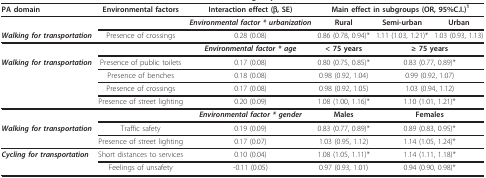
<table><thead><tr><td><b>PA domain</b></td><td><b>Environmental factors</b></td><td><b>Interaction effect (β, SE)</b></td><td colspan="3"><b>Main effect in subgroups (OR, 95%C.I.)<sup>1</sup></b></td></tr></thead><tbody><tr><td></td><td></td><td><b><i>Environmental factor * urbanization</i></b></td><td><b>Rural</b></td><td><b>Semi-urban</b></td><td><b>Urban</b></td></tr><tr><td><b><i>Walking for transportation</i></b></td><td>Presence of crossings</td><td>0.28 (0.08)</td><td>0.86 (0.78, 0.94)*</td><td>1.11 (1.03, 1.21)*</td><td>1.03 (0.93, 1.13)</td></tr><tr><td></td><td></td><td><b><i>Environmental factor * age</i></b></td><td><b>&lt; 75 years</b></td><td colspan="2"><b>≥ 75 years</b></td></tr><tr><td><b><i>Walking for transportation</i></b></td><td>Presence of public toilets</td><td>0.17 (0.08)</td><td>0.80 (0.75, 0.85)*</td><td colspan="2">0.83 (0.77, 0.89)*</td></tr><tr><td></td><td>Presence of benches</td><td>0.18 (0.08)</td><td>0.98 (0.92, 1.04)</td><td colspan="2">0.99 (0.92, 1.07)</td></tr><tr><td></td><td>Presence of crossings</td><td>0.17 (0.08)</td><td>0.98 (0.92, 1.05)</td><td colspan="2">1.03 (0.94, 1.12)</td></tr><tr><td></td><td>Presence of street lighting</td><td>0.20 (0.09)</td><td>1.08 (1.00, 1.16)*</td><td colspan="2">1.10 (1.01, 1.21)*</td></tr><tr><td></td><td></td><td><b><i>Environmental factor * gender</i></b></td><td><b>Males</b></td><td colspan="2"><b>Females</b></td></tr><tr><td><b><i>Walking for transportation</i></b></td><td>Traffic safety</td><td>0.19 (0.09)</td><td>0.83 (0.77, 0.89)*</td><td colspan="2">0.89 (0.83, 0.95)*</td></tr><tr><td></td><td>Presence of street lighting</td><td>0.17 (0.07)</td><td>1.03 (0.95, 1.12)</td><td colspan="2">1.14 (1.05, 1.24)*</td></tr><tr><td><b><i>Cycling for transportation</i></b></td><td>Short distances to services</td><td>0.10 (0.04)</td><td>1.08 (1.05, 1.11)*</td><td colspan="2">1.14 (1.11, 1.18)*</td></tr><tr><td></td><td>Feelings of unsafety</td><td>-0.11 (0.05)</td><td>0.97 (0.93, 1.01)</td><td colspan="2">0.94 (0.90, 0.98)*</td></tr></tbody></table>